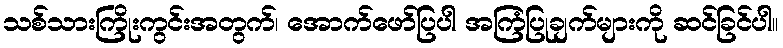
သစ်သားကြိုးကွင်းအတွက်၊ အောက်ဖော်ပြပါ အကြံပြုချက်များကို ဆင်ခြင်ပါ။